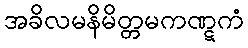
အခိလမနိမိတ္တမကဏ္ဋကံ